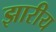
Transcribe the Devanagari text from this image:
झारीय